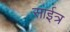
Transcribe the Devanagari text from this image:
साईत्र